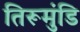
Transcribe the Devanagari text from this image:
तिरूमुंडि